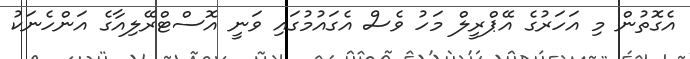
އެގޮތުން މި އަހަރުގެ އޭޕްރީލް މަހު ވެސް އެގައުމުގައި ވަނީ އޮސްޓްރޭލިއާގެ އަންހެނަކު